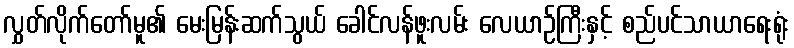
လွှတ်လိုက်တော်မူ၏ မေးမြန်းဆက်သွယ် ခေါင်လန်ဖူးလမ်း လေယာဉ်ကြီးနှင့် စည်ပင်သာယာရေးရုံး